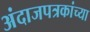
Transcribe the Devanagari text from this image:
अंदाजपत्रकांच्या